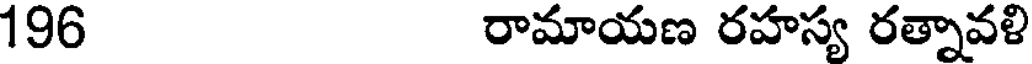
196 రామాయణ రహస్య రత్నావళి